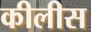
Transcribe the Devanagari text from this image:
कीलीस